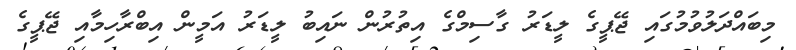
މިބައްދަލުވުމުގައި ޖޭޕީގެ ލީޑަރު ގާސިމްގެ އިތުރުން ނައިބު ލީޑަރު އަމީން އިބްރާހިމާއި ޖޭޕީގެ